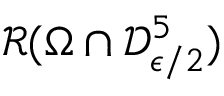
\mathcal { R } ( \Omega \cap \mathcal { D } _ { \epsilon / 2 } ^ { 5 } )